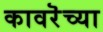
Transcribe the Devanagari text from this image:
कावरॆच्या